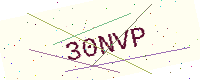
Text: 30NVP